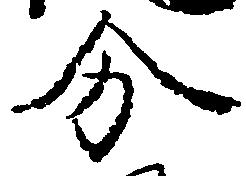
分